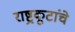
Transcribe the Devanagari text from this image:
राष्ट्रकूटांचे